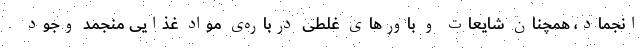
انجماد، همچنان شایعات و باورهای غلطی درباره‌ی مواد غذایی منجمد وجود